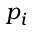
p _ { i }